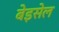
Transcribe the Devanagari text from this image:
बेइसेल